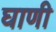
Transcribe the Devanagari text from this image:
घाणी